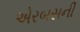
એરબસની